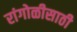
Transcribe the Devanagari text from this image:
रांगोळीसाठी